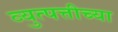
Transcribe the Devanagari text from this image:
व्युत्पत्तीच्या